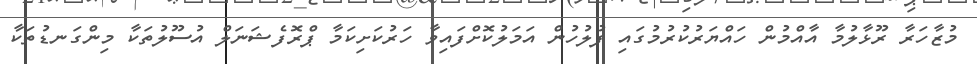
މުޒާހަރާ ރޫޅާލުމާ އާއްމުން ހައްޔަރުކުރުމުގައި ފުލުހުން އަމަލުކޮށްފައިވާ ހަރުކަށިކަމާ ޕްރޮފެޝަނަލް އުސޫލުތަކާ މިންގަނޑުތަކާ